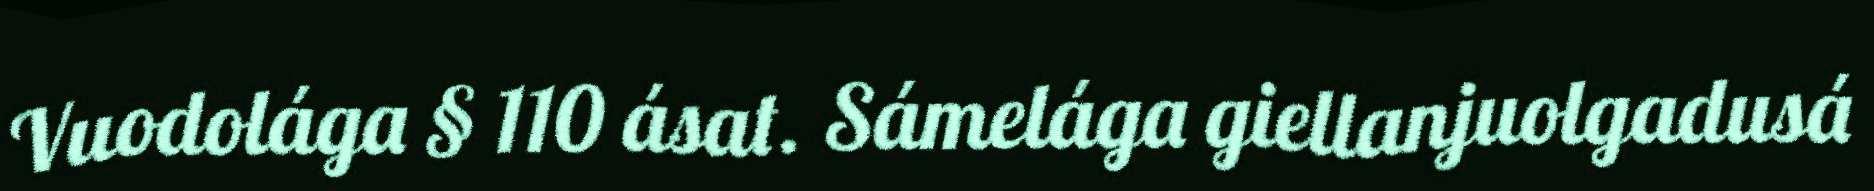
Vuodolága § 110 ásat. Sámelága giellanjuolgadusá